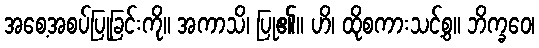
အစေ့အစပ်ပြုခြင်းကို။ အကာသိ၊ ပြု၏။ ဟိ၊ ထိုစကားသင့်စွ။ ဘိက္ခဝေ၊